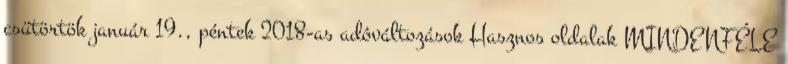
csütörtök január 19., péntek 2018-as adóváltozások Hasznos oldalak MINDENFÉLE